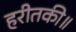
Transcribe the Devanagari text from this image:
हरीतकी॥